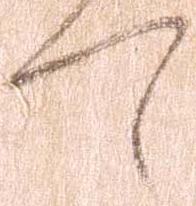
て